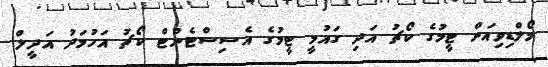
މޯލްޑިވިއަން ޓީމުގެ ކޯޗު އަދި ގައުމީ ޓީމުގެ އެސިސްޓެންޓް ކޯޗު އަހުމަދު އަދީލް